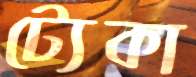
ট্যেকা